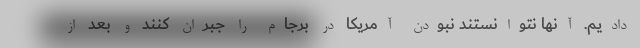
دادیم. آنها نتوانستند نبودن آمریکا در برجام را جبران کنند و بعد از